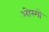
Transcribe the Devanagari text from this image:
ओस्मो